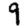
Digit: 9